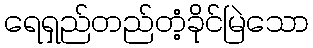
ရေရှည်တည်တံ့ခိုင်မြဲသော